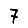
Digit: 7